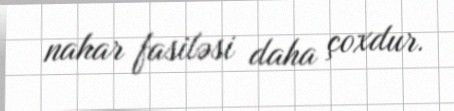
nahar fasiləsi daha çoxdur.